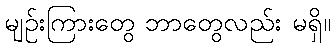
မျဉ်းကြားတွေ ဘာတွေလည်း မရှိ။